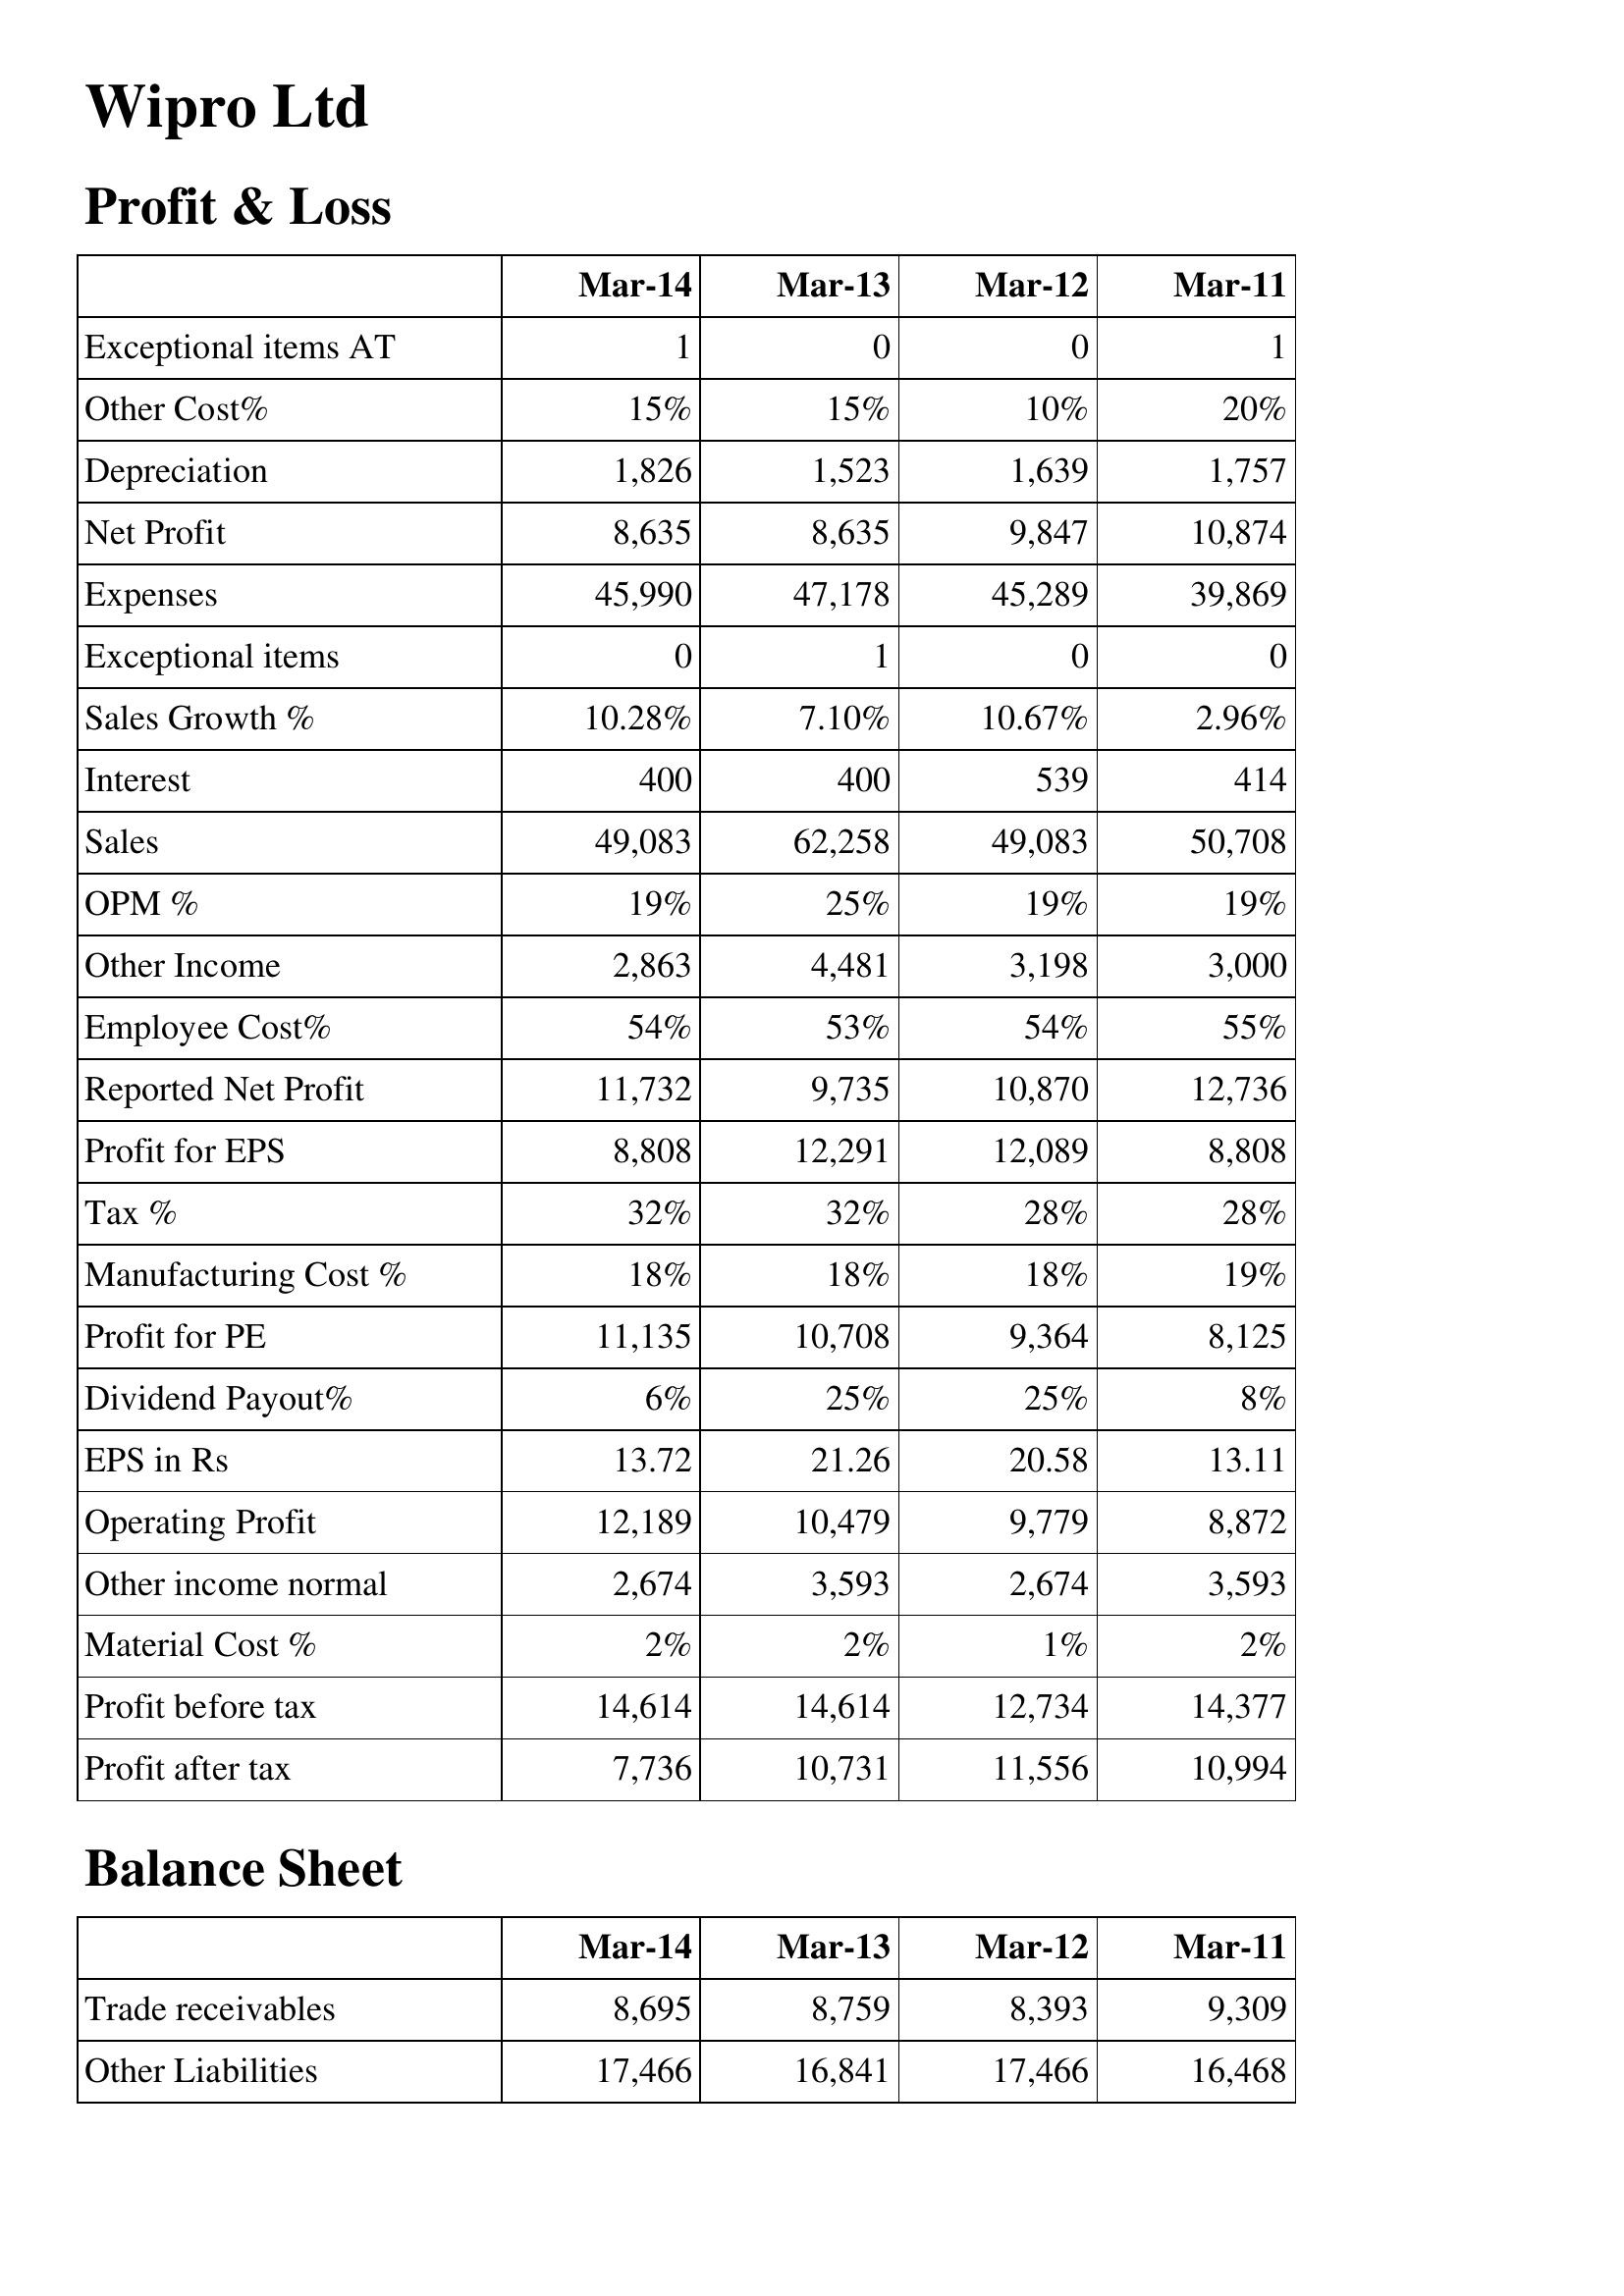
Mar-14: Profit & Loss: Exceptional items AT: 1
Other Cost%: 15%
Depreciation: 1,826
Net Profit: 8,635
Expenses: 45,990
Exceptional items: 0
Sales Growth %: 10.28%
Interest: 400
Sales: 49,083
OPM %: 19%
Other Income: 2,863
Employee Cost%: 54%
Reported Net Profit: 11,732
Profit for EPS: 8,808
Tax %: 32%
Manufacturing Cost %: 18%
Profit for PE: 11,135
Dividend Payout%: 6%
EPS in Rs: 13.72
Operating Profit: 12,189
Other income normal: 2,674
Material Cost %: 2%
Profit before tax: 14,614
Profit after tax: 7,736
Balance Sheet: Trade receivables: 8,695
Other Liabilities: 17,466
Mar-13: Profit & Loss: Exceptional items AT: 0
Other Cost%: 15%
Depreciation: 1,523
Net Profit: 8,635
Expenses: 47,178
Exceptional items: 1
Sales Growth %: 7.10%
Interest: 400
Sales: 62,258
OPM %: 25%
Other Income: 4,481
Employee Cost%: 53%
Reported Net Profit: 9,735
Profit for EPS: 12,291
Tax %: 32%
Manufacturing Cost %: 18%
Profit for PE: 10,708
Dividend Payout%: 25%
EPS in Rs: 21.26
Operating Profit: 10,479
Other income normal: 3,593
Material Cost %: 2%
Profit before tax: 14,614
Profit after tax: 10,731
Balance Sheet: Trade receivables: 8,759
Other Liabilities: 16,841
Mar-12: Profit & Loss: Exceptional items AT: 0
Other Cost%: 10%
Depreciation: 1,639
Net Profit: 9,847
Expenses: 45,289
Exceptional items: 0
Sales Growth %: 10.67%
Interest: 539
Sales: 49,083
OPM %: 19%
Other Income: 3,198
Employee Cost%: 54%
Reported Net Profit: 10,870
Profit for EPS: 12,089
Tax %: 28%
Manufacturing Cost %: 18%
Profit for PE: 9,364
Dividend Payout%: 25%
EPS in Rs: 20.58
Operating Profit: 9,779
Other income normal: 2,674
Material Cost %: 1%
Profit before tax: 12,734
Profit after tax: 11,556
Balance Sheet: Trade receivables: 8,393
Other Liabilities: 17,466
Mar-11: Profit & Loss: Exceptional items AT: 1
Other Cost%: 20%
Depreciation: 1,757
Net Profit: 10,874
Expenses: 39,869
Exceptional items: 0
Sales Growth %: 2.96%
Interest: 414
Sales: 50,708
OPM %: 19%
Other Income: 3,000
Employee Cost%: 55%
Reported Net Profit: 12,736
Profit for EPS: 8,808
Tax %: 28%
Manufacturing Cost %: 19%
Profit for PE: 8,125
Dividend Payout%: 8%
EPS in Rs: 13.11
Operating Profit: 8,872
Other income normal: 3,593
Material Cost %: 2%
Profit before tax: 14,377
Profit after tax: 10,994
Balance Sheet: Trade receivables: 9,309
Other Liabilities: 16,468